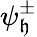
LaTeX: \psi_{\mathfrak{h}}^{\pm}